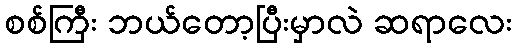
စစ်ကြီး ဘယ်တော့ပြီးမှာလဲ ဆရာလေး